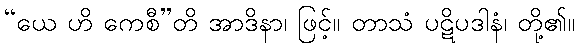
“ယေ ဟိ ကေစီ”တိ အာဒိနာ၊ ဖြင့်။ တာသံ ပဋိပဒါနံ၊ တို့၏။